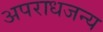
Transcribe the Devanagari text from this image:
अपराधजन्य